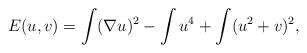
LaTeX: \begin{align*}E(u,v)=\int (\nabla u)^2-\int u^4+\int(u^2+v)^2,\end{align*}